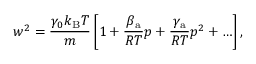
w ^ { 2 } = \frac { \gamma _ { 0 } k _ { \mathrm { B } } T } { m } \left[ 1 + \frac { \beta _ { \mathrm { a } } } { R T } p + \frac { \gamma _ { \mathrm { a } } } { R T } p ^ { 2 } + \ldots \right] ,